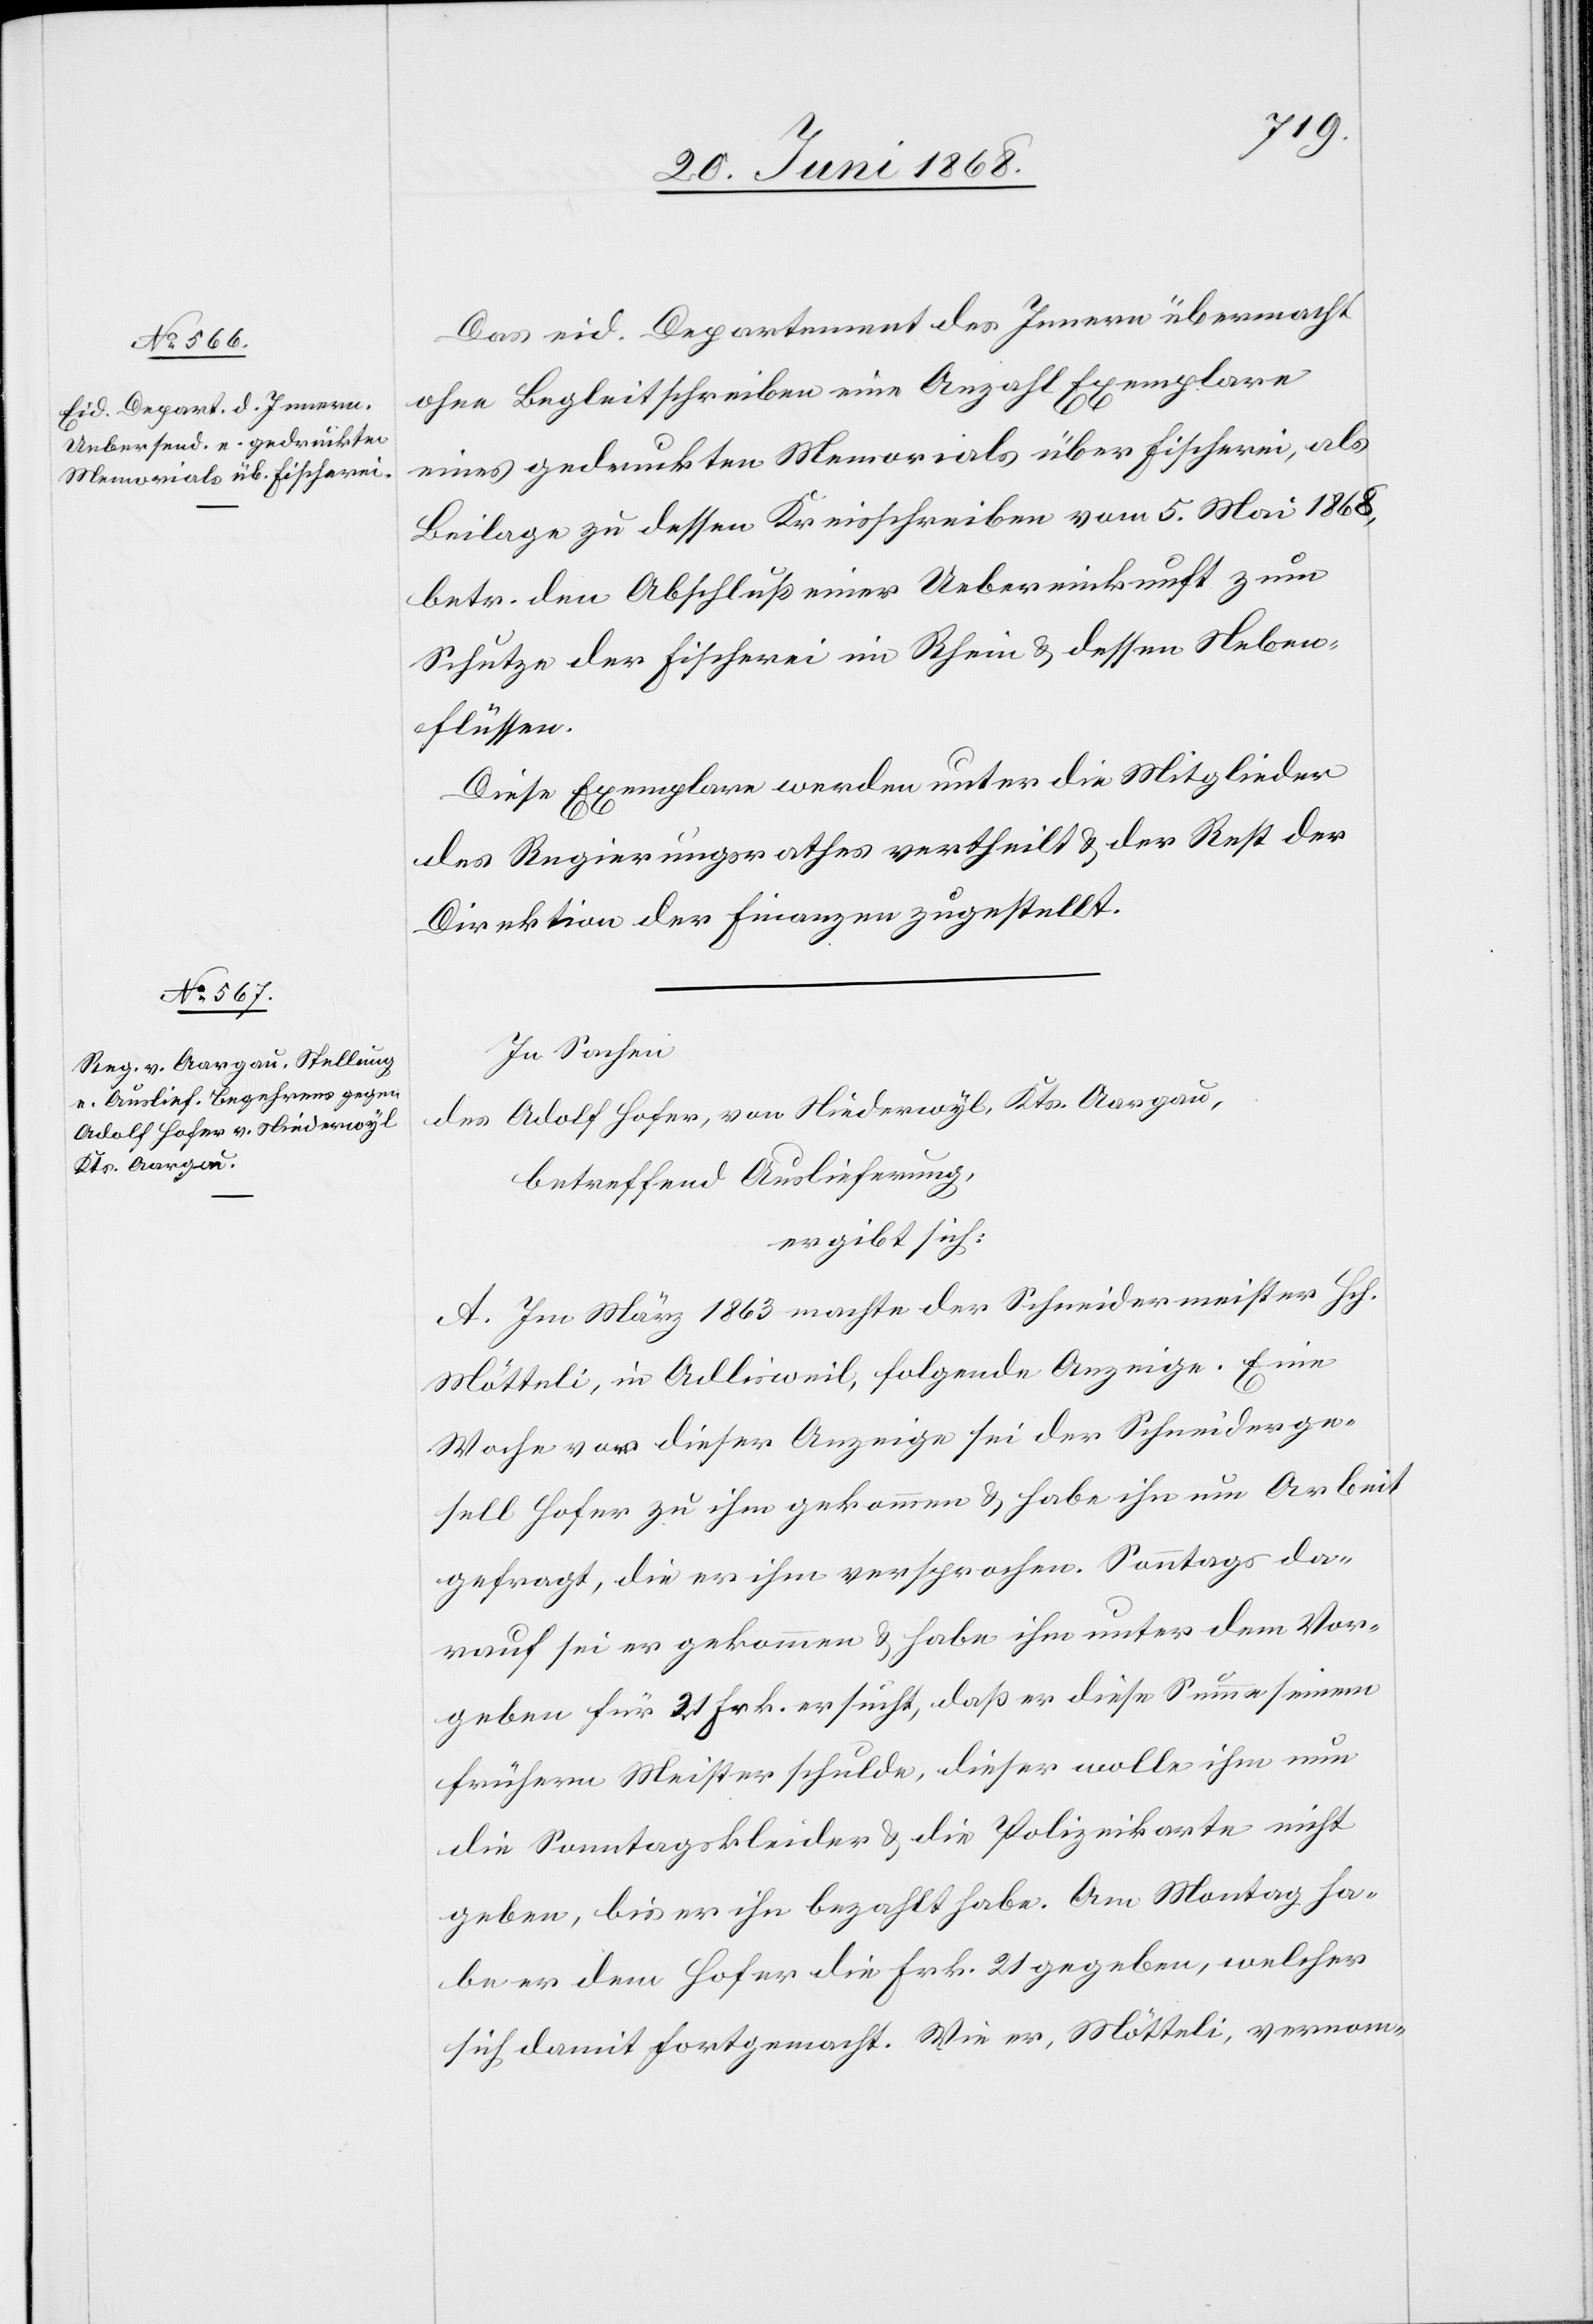
Das eid. Departement des Innern übermacht
ohne Begleitschreiben eine Anzahl Exemplare
eines gedruckten Memorials über Fischerei, als
Beilage zu dessen Kreisschreiben vom 5. Mai 1868,
betr. den Abschluß einer Uebereinkunft zum
Schutze der Fischerei im Rhein & dessen Neben¬
flüssen.
Diese Exemplare werden unter die Mitglieder
des Regierungsrathes vertheilt & der Rest der
Direktion der Finanzen zugestellt.
In Sachen
des Adolf Hofer, von Niederwyl, Kts. Aargau,
betreffend Auslieferung,
ergibt sich:
A. Im März 1863 machte der Schneidermeister Hch.
Mötteli, in Adlisweil, folgende Anzeige. Eine
Woche vor dieser Anzeige sei der Schneiderge¬
sell Hofer zu ihm gekommen & habe ihn um Arbeit
gefragt, die er ihm versprochen. Sonntags da¬
rauf sei er gekommen & habe ihm unter dem Vor¬
geben für 21 Frk. ersucht, daß er diese Summe seinem
frühern Meister schulde, dieser wolle ihm nun
die Sonntagskleider & die Polizeikarte nicht
geben, bis er ihn bezahlt habe. Am Montag ha¬
be er dem Hofer die Frk. 21 gegeben, welcher
sich damit fortgemacht. Wie er, Mötteli, vernom-